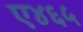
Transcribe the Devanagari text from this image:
ए४६५